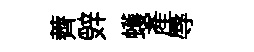
薺辤蠖產辱